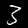
Digit: 3